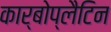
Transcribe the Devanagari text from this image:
कार्बोप्लैटिन